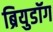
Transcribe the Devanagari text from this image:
ब्रियुडॉग